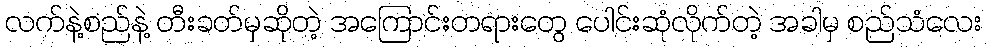
လက်နဲ့စည်နဲ့ တီးခတ်မှဆိုတဲ့ အကြောင်းတရားတွေ ပေါင်းဆုံလိုက်တဲ့ အခါမှ စည်သံလေး